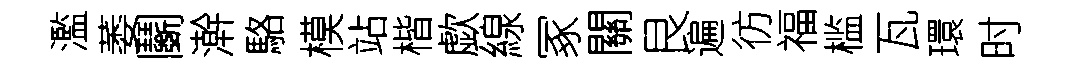
濫萎鬬澣駱模站楷歔線冢關艮遍彷福槛瓦環时